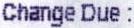
CHANGE DUE :